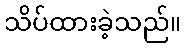
သိပ်ထားခဲ့သည်။